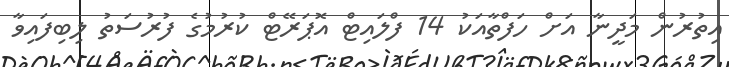
އިތުރުން މަދީނާ އަށް ހަފްތާއަކު 14 ފްލައިޓް އޮޕަރޭޓް ކުރުމުގެ ފުރުސަތު ލިބިފައިވާ